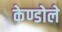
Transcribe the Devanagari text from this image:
केण्डोले